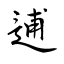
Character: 逋